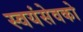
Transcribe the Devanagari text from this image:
स्‍वयंसेवको